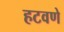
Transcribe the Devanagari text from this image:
हटवणे